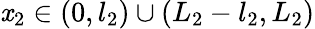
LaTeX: \mathit{x}_{2}\in(0,l_{2})\cup(L_{2}-l_{2},L_{2})